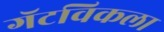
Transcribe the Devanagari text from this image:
गॅटविकला